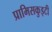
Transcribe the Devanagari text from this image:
प्रामिसकुइटी